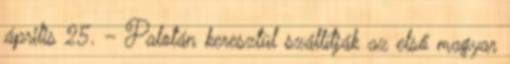
április 25. – Palotán keresztül szállítják az első magyar